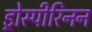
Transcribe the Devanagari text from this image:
ड्रोस्पीरिनन